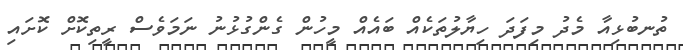
ތުނބުޅިއާ މެދު މިފަދަ ހިޔާލުތަކެއް ބައެއް މީހުން ގެންގުޅުނު ނަމަވެސް ރީތިކޮށް ކޮށައި